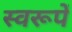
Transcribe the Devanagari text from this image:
स्वरूपें